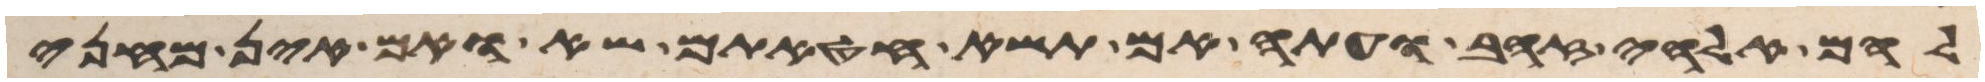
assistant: להם אלהי זהב ועתה אם תשא חטאתם שא ואם אין מחני